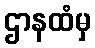
ဌာနထံမှ